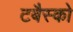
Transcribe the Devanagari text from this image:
टबैस्को